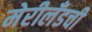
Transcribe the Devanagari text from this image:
मेरीलँडची